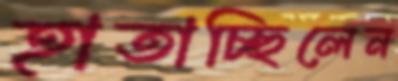
হাতাচ্ছিলেন